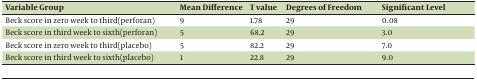
<table><thead><tr><td><b>Variable Group</b></td><td><b>Mean Difference</b></td><td><b>T value</b></td><td><b>Degrees of Freedom</b></td><td><b>Significant Level</b></td></tr></thead><tbody><tr><td>Beck score in zero week to third(perforan)</td><td>9</td><td>1.78</td><td>29</td><td>0.08</td></tr><tr><td>Beck score in third week to sixth(perforan)</td><td>5</td><td>68.2</td><td>29</td><td>3.0</td></tr><tr><td>Beck score in zero week to third(placebo)</td><td>5</td><td>82.2</td><td>29</td><td>7.0</td></tr><tr><td>Beck score in third week to sixth(placebo)</td><td>1</td><td>22.8</td><td>29</td><td>9.0</td></tr></tbody></table>